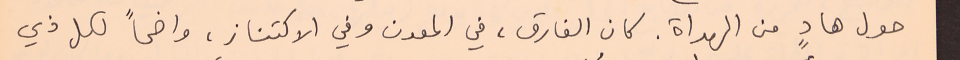
حول هادٍ من الهداة. كان الفارق، في المعدن وفي الاكتناز، واضحاً لكل ذي